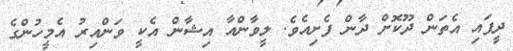
ދީފައި އެތަން ދޫކޮށް ދާން ފެށިއެވެ. ލީވާންއާ އިޝާން އެކީ ވަންއިރު އެމީހުންގެ